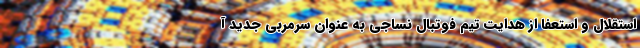
استقلال و استعفا از هدایت تیم فوتبال نساجی به عنوان سرمربی جدید آ